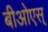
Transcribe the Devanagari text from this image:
बीओएस्